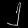
Digit: ၂